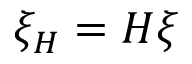
\xi _ { \cal H } = { \cal H } \xi